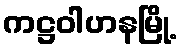
ကဋ္ဌဝါဟနမြို့